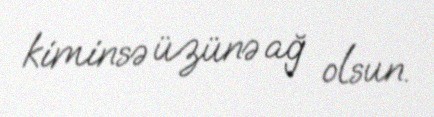
kiminsə üzünə ağ olsun.